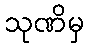
သုဏိမှ